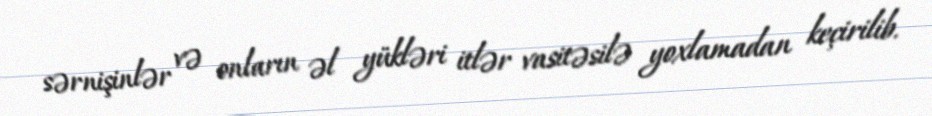
sərnişinlər və onların əl yükləri itlər vasitəsilə yoxlamadan keçirilib.